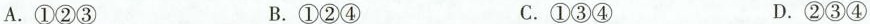
A. ①②③ B. ①②④ C. ①③④ D. ②③④